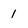
Character: 1